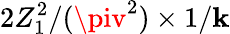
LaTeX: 2Z_{1}^{2}/(\piv^{2})\times1/\mathbf{k}